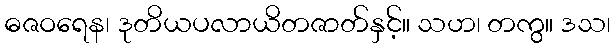
ဓဇဝရေန၊ ဒုတိယပလာယိတဇာတ်နှင့်။ သဟ၊ တကွ။ ဒသ၊